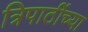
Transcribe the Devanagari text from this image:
त्रिपाठींच्या